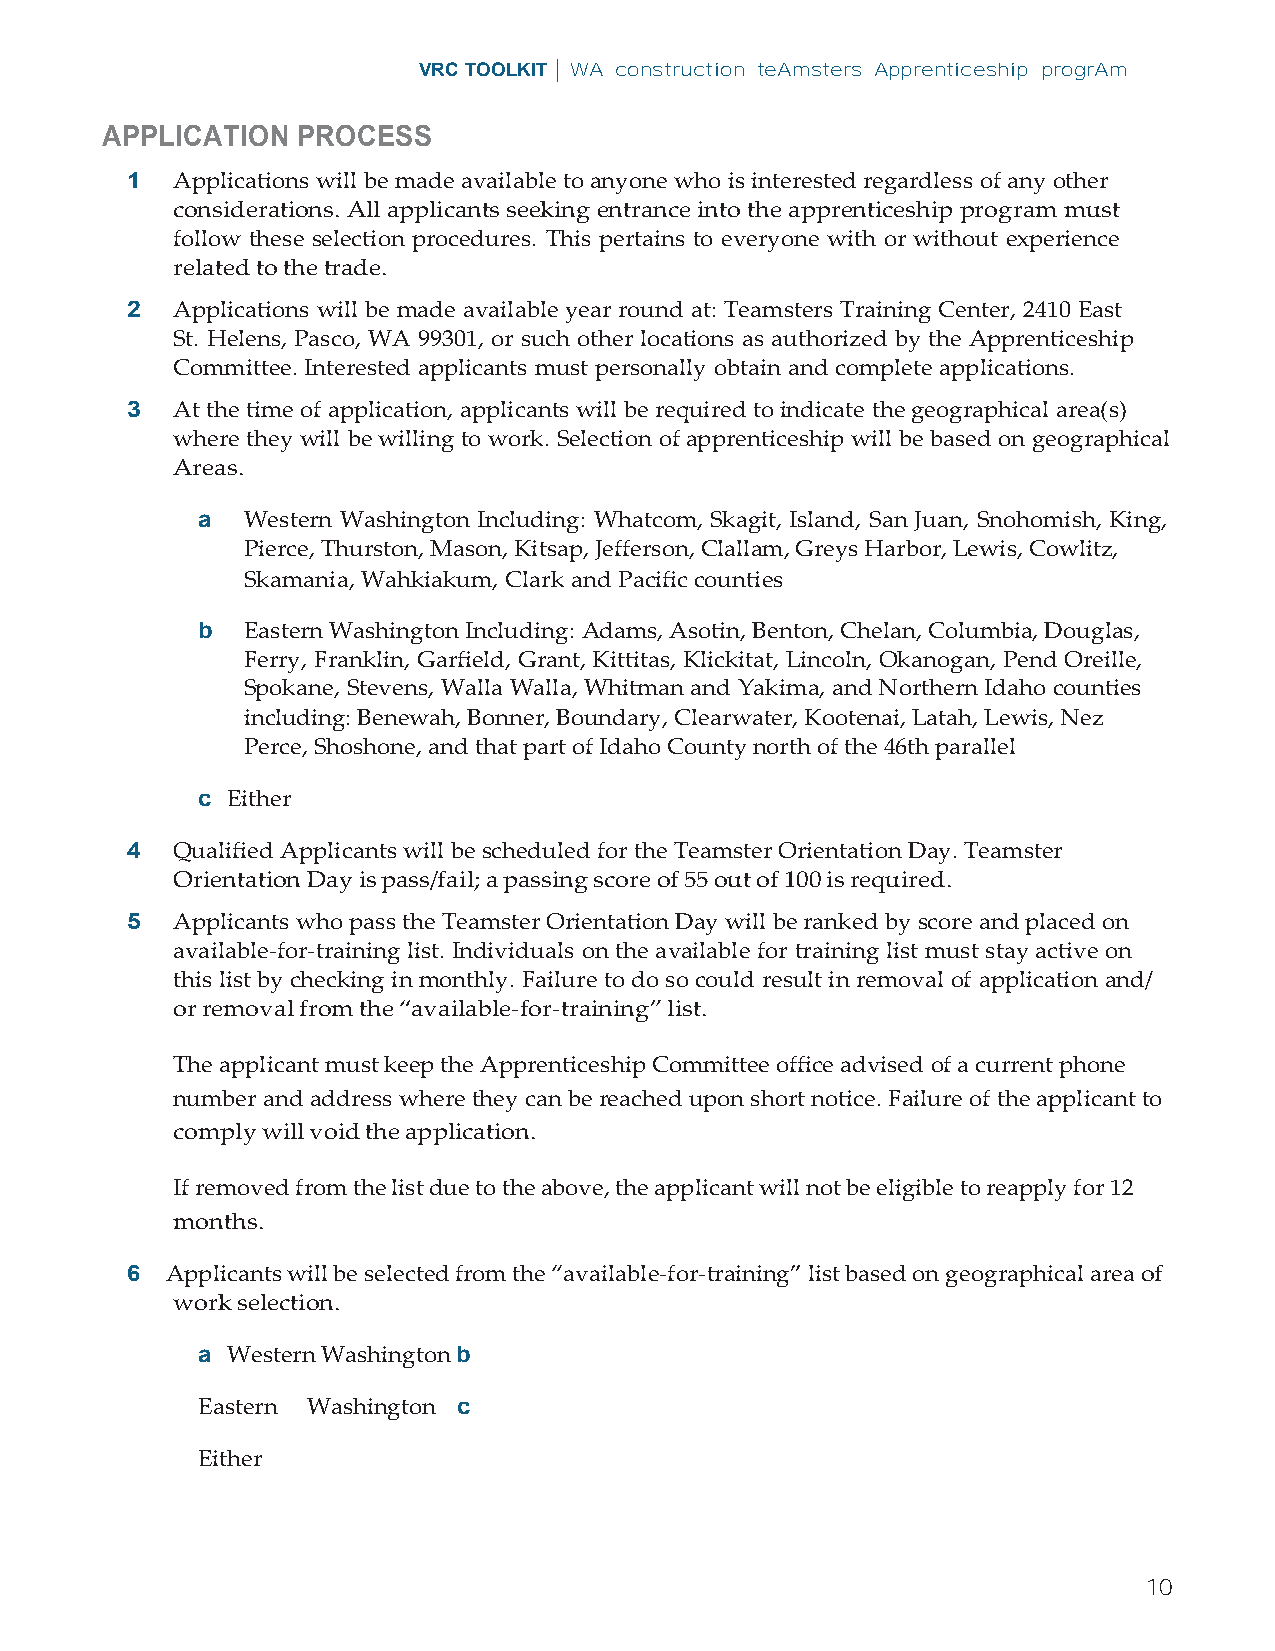
VRC TOOLKIT | WA construction teAmsters Apprenticeship progrAm
 APPLICATION  PROCESS
 1  Applications will be made available to anyone who is interested regardless of any other
 considerations. All applicants seeking entrance into the apprenticeship program must
 follow these selection procedures. This pertains to everyone with or without experience
 related to the trade.
 2  Applications will be made available year round at: Teamsters Training Center, 2410 East
 St. Helens, Pasco, WA 99301, or such other locations as authorized by the Apprenticeship
 Committee. Interested applicants must personally obtain and complete applications.
 3  At the time of application, applicants will be required to indicate the geographical area(s)
 where they will be willing to work. Selection of apprenticeship will be based on geographical
 Areas.
 a  Western Washington Including: Whatcom, Skagit, Island, San Juan, Snohomish, King,
 Pierce, Thurston, Mason, Kitsap, Jefferson, Clallam, Greys Harbor, Lewis, Cowlitz,
 Skamania, Wahkiakum, Clark and Pacific counties
 b  Eastern Washington Including: Adams, Asotin, Benton, Chelan, Columbia, Douglas,
 Ferry, Franklin, Garfield, Grant, Kittitas, Klickitat, Lincoln, Okanogan, Pend Oreille,
 Spokane, Stevens, Walla Walla, Whitman and Yakima, and Northern Idaho counties
 including: Benewah, Bonner, Boundary, Clearwater, Kootenai, Latah, Lewis, Nez
 Perce, Shoshone, and that part of Idaho County north of the 46th parallel
 c Either
 4  Qualified Applicants will be scheduled for the Teamster Orientation Day. Teamster
 Orientation Day is pass/fail; a passing score of 55 out of 100 is required.
 5  Applicants who pass the Teamster Orientation Day will be ranked by score and placed on
 available-for-training list. Individuals on the available for training list must stay active on
 this list by checking in monthly. Failure to do so could result in removal of application and/
 or removal from the “available-for-training” list.
 The applicant must keep the Apprenticeship Committee office advised of a current phone
 number and address where they can be reached upon short notice. Failure of the applicant to
 comply will void the application.
 If removed from the list due to the above, the applicant will not be eligible to reapply for 12
 months.
 6  Applicants will be selected from the “available-for-training” list based on geographical area of
 work selection.
 a Western Washington b
 Eastern Washington c
 Either
 10